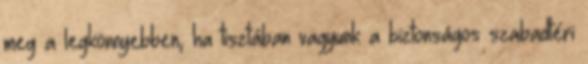
meg a legkönnyebben, ha tisztában vagyunk a biztonságos szabadtéri